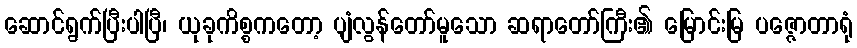
ဆောင်ရွက်ပြီးပါပြီ၊ ယုခုကိစ္စကတော့ ပျံလွန်တော်မူသော ဆရာတော်ကြီး၏ မြောင်းမြ ပဇ္ဇောတာရုံ